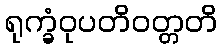
ရုက္ခံဝုပတိဝတ္တတိ